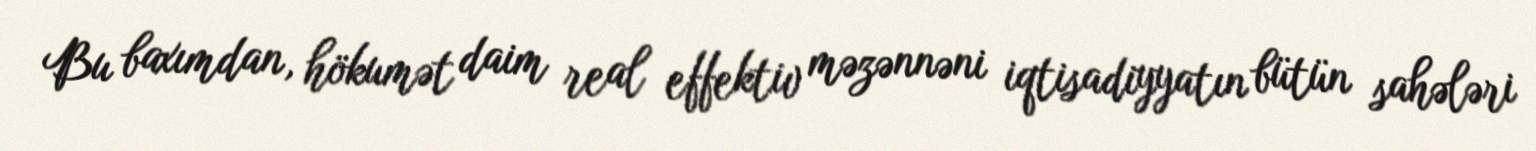
Bu baxımdan, hökumət daim real effektiv məzənnəni iqtisadiyyatın bütün sahələri